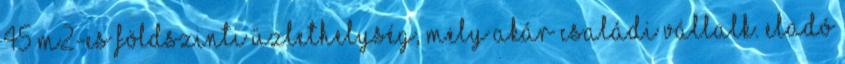
45 m2-es földszinti üzlethelység, mely akár családi vállalk. Eladó